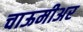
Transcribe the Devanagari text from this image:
चाऊमीअर